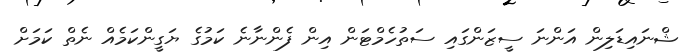
ޝްނައިޑަލިން އަންނަ ސީޒަންގައި ސަތުހެމްޓަން އިން ފެންނާނެ ކަމުގެ ޔަގީންކަމެއް ނެތް ކަމަށް